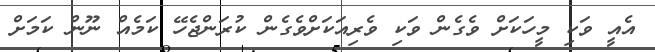
އެއީ ވަކި މީހަކަށް ވެގެން ވަކި ވެރިއަކަށްވެގެން ކުރަންޖެހޭ ކަމެއް ނޫން ކަމަށް